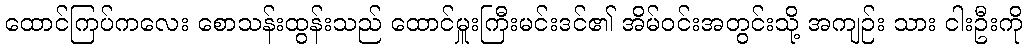
ထောင်ကြပ်ကလေး စောသန်းထွန်းသည် ထောင်မှူးကြီးမင်းဒင်၏ အိမ်ဝင်းအတွင်းသို့ အကျဉ်း သား ငါးဦးကို